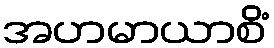
အဟမာယာစိံ